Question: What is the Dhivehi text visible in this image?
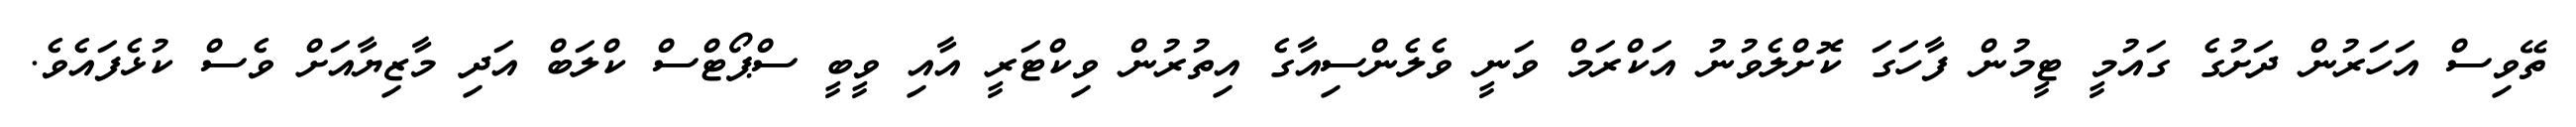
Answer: ތޭވިސް އަހަރުން ދަށުގެ ގައުމީ ޓީމުން ފާހަގަ ކޮށްލެވުނު އަކްރަމް ވަނީ ވެލެންސިއާގެ އިތުރުން ވިކްޓަރީ އާއި ވީބީ ސްޕޯޓްސް ކްލަބް އަދި މާޒިޔާއަށް ވެސް ކުޅެފައެވެ.